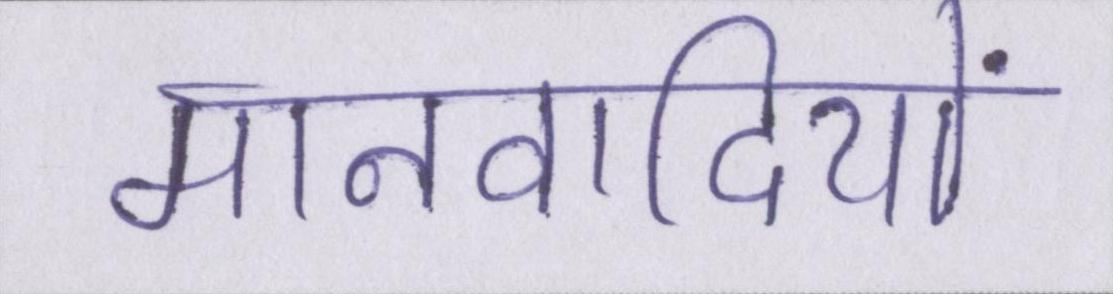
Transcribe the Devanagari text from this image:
मानवादियों